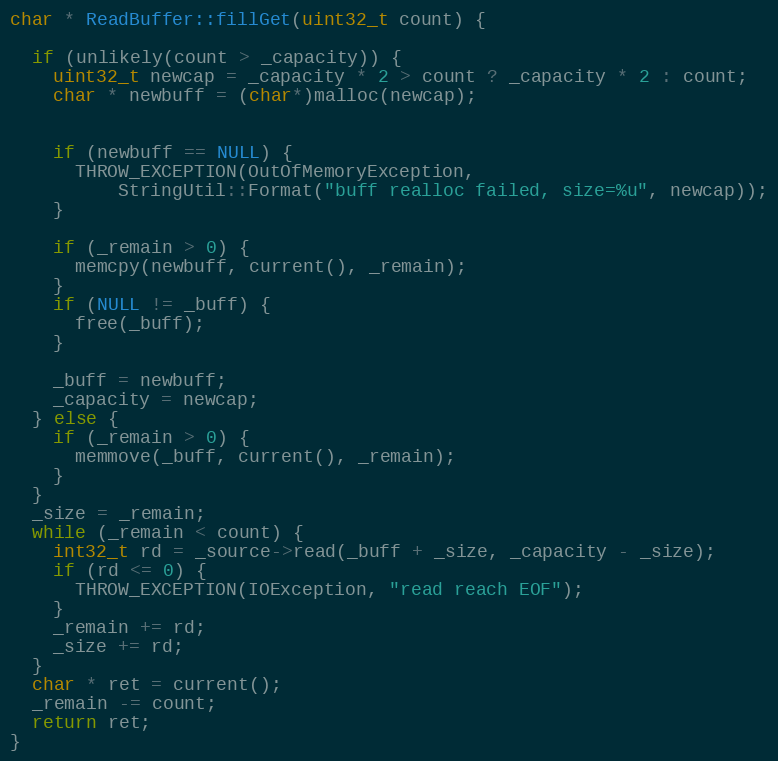
Language: C++
char * ReadBuffer::fillGet(uint32_t count) {

  if (unlikely(count > _capacity)) {
    uint32_t newcap = _capacity * 2 > count ? _capacity * 2 : count;
    char * newbuff = (char*)malloc(newcap);

    if (newbuff == NULL) {
      THROW_EXCEPTION(OutOfMemoryException,
          StringUtil::Format("buff realloc failed, size=%u", newcap));
    }

    if (_remain > 0) {
      memcpy(newbuff, current(), _remain);
    }
    if (NULL != _buff) {
      free(_buff);
    }

    _buff = newbuff;
    _capacity = newcap;
  } else {
    if (_remain > 0) {
      memmove(_buff, current(), _remain);
    }
  }
  _size = _remain;
  while (_remain < count) {
    int32_t rd = _source->read(_buff + _size, _capacity - _size);
    if (rd <= 0) {
      THROW_EXCEPTION(IOException, "read reach EOF");
    }
    _remain += rd;
    _size += rd;
  }
  char * ret = current();
  _remain -= count;
  return ret;
}